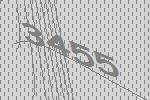
3455